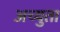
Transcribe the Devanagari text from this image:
अच्युता